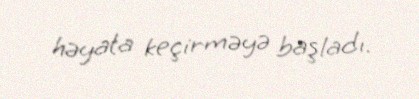
həyata keçirməyə başladı.